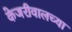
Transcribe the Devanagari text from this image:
केजरीवालच्या